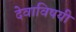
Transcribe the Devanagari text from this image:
देवाविषयी